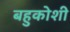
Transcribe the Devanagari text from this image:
बहुकोशी